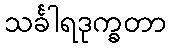
သင်္ခါရဒုက္ခတာ